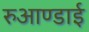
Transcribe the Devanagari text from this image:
रुआण्डाई